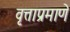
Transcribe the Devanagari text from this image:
वृत्ताप्रमाणे